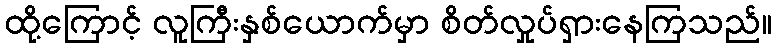
ထို့ကြောင့် လူကြီးနှစ်ယောက်မှာ စိတ်လှုပ်ရှားနေကြသည်။